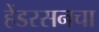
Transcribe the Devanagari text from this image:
हेंडरसनचा